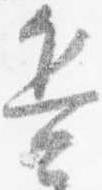
兵